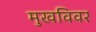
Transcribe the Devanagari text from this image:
मुखविवर